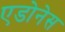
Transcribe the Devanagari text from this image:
एडोनेस